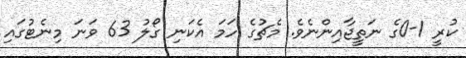
ކުރީ 1-0ގެ ނަތީޖާއިިންނެވެ. މެޗުގެ ހަމަ އެކަނި ގޯލު 63 ވަނަ މިނެޓުގައި